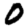
Digit: 0